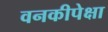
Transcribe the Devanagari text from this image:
वनकीपेक्षा